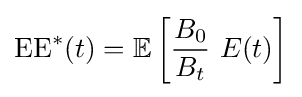
\mathrm {EE} ^{*}(t)=\mathbb {E} \left\lbrack {{\frac {B_{0}}{B_{t}}}~E(t)}\right\rbrack